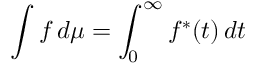
\int f \, d \mu = \int _ { 0 } ^ { \infty } f ^ { * } ( t ) \, d t